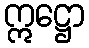
ဣဋ္ဌော